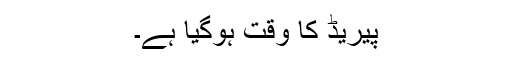
پیریڈ کا وقت ہوگیا ہے۔